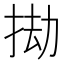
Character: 𢬱